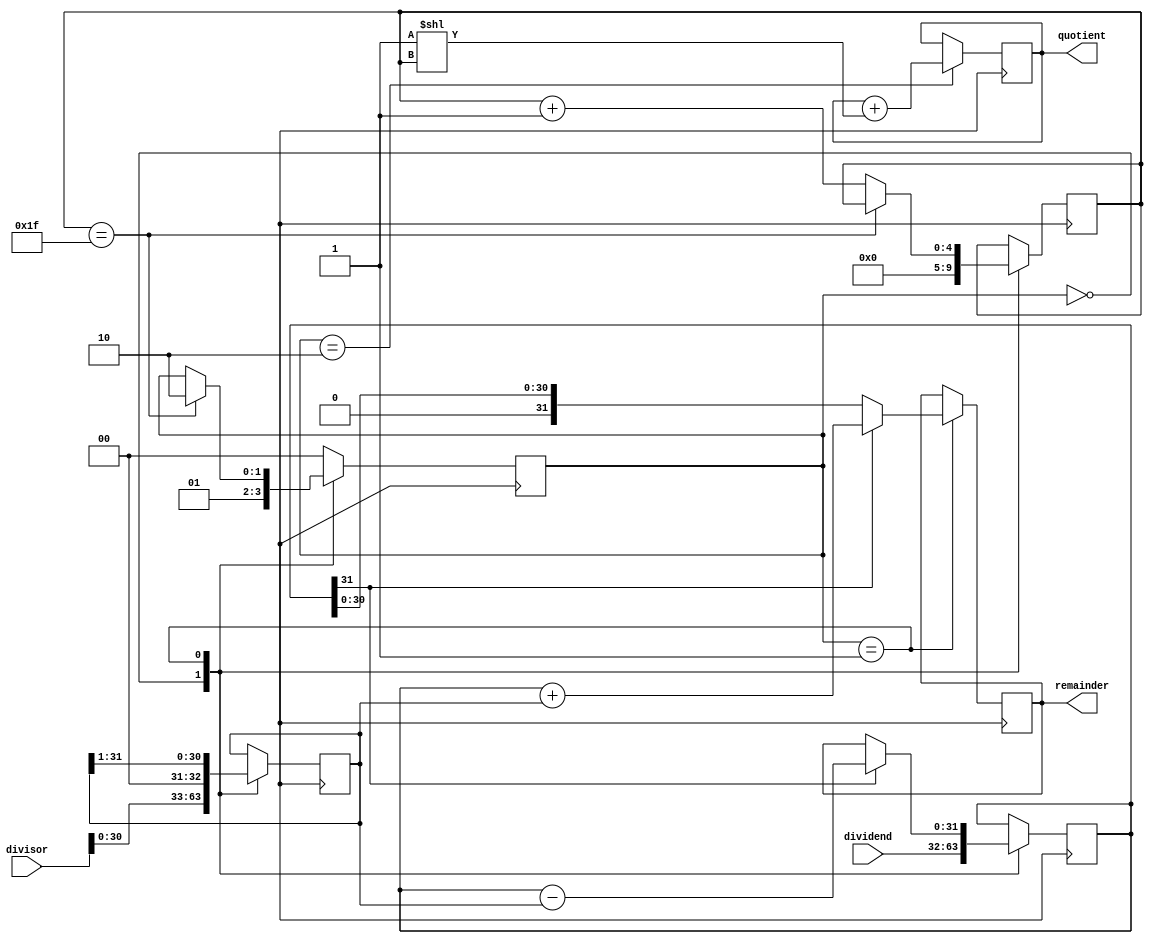
module restoring_divider (
    input wire [31:0] dividend,
    input wire [31:0] divisor,
    output reg [31:0] quotient,
    output reg [31:0] remainder
);

reg [31:0] accumulator;
reg [31:0] subtractor;
reg [4:0] count;
reg [1:0] state;

always @(posedge clk) begin
    case (state)
        2'b00: begin // Fetch operands
            accumulator <= dividend;
            subtractor <= divisor << 1;
            count <= 0;
            state <= 2'b01; // Move to next state
        end

        2'b01: begin // Perform calculations
            accumulator <= accumulator - subtractor;

            if (accumulator[31] == 0) begin
                remainder <= accumulator;
                accumulator <= remainder;
            end else begin
                remainder <= accumulator + subtractor;
            end

            subtractor <= subtractor >> 1;

            if (count == 31) begin
                state <= 2'b10; // Move to next state
            end else begin
                count <= count + 1;
            end
        end

        2'b10: begin // Update quotient and remainder values
            quotient <= quotient + (1 << count);
            state <= 2'b00; // Move back to initial state
        end

        default: begin
            state <= 2'b00; // Move back to initial state
        end
    endcase
end

endmodule